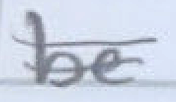
Text: be
Cross-out: double-line
Writing tool: pencil